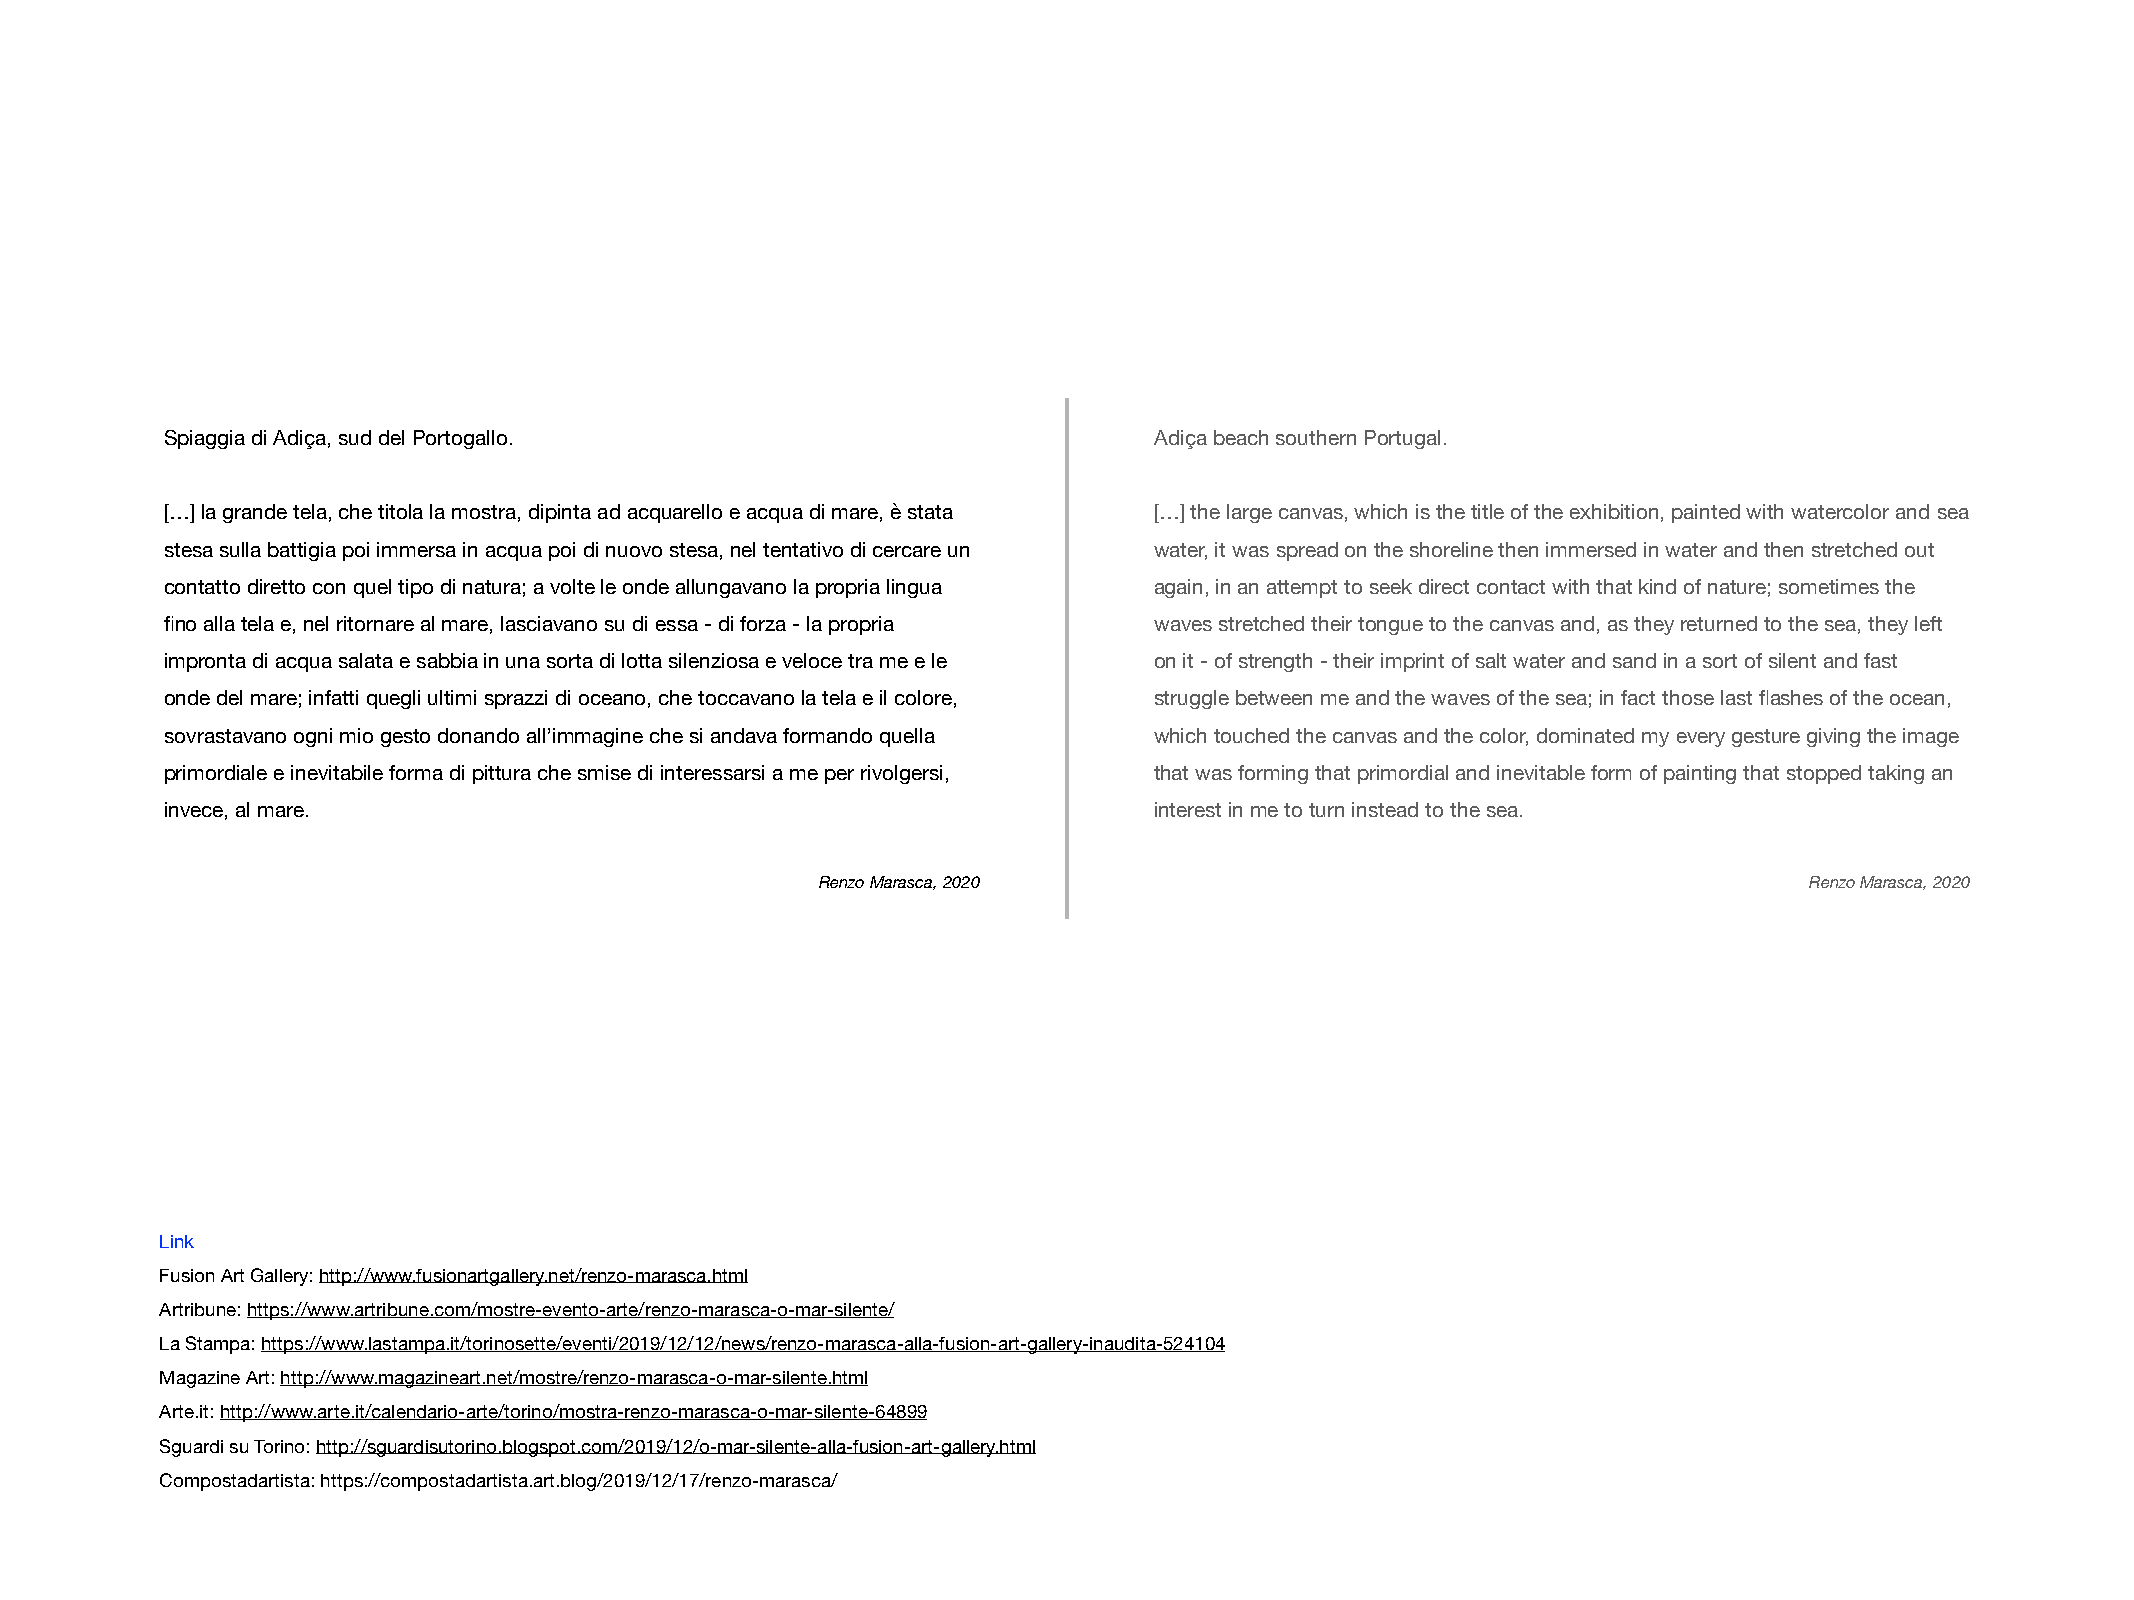
Spiaggia di Adiça, sud del Portogallo.                           Adiça beach southern Portugal.
 […] la grande tela, che titola la mostra, dipinta ad acquarello e acqua di mare, è stata […] the large canvas, which is the title of the exhibition, painted with watercolor and sea
 stesa sulla battigia poi immersa in acqua poi di nuovo stesa, nel tentativo di cercare un water, it was spread on the shoreline then immersed in water and then stretched out
 contatto diretto con quel tipo di natura; a volte le onde allungavano la propria lingua again, in an attempt to seek direct contact with that kind of nature; sometimes the
 fino alla tela e, nel ritornare al mare, lasciavano su di essa - di forza - la propria waves stretched their tongue to the canvas and, as they returned to the sea, they left
 impronta di acqua salata e sabbia in una sorta di lotta silenziosa e veloce tra me e le on it - of strength - their imprint of salt water and sand in a sort of silent and fast
 onde del mare; infatti quegli ultimi sprazzi di oceano, che toccavano la tela e il colore, struggle between me and the waves of the sea; in fact those last flashes of the ocean,
 sovrastavano ogni mio gesto donando all’immagine che si andava formando quella which touched the canvas and the color, dominated my every gesture giving the image
 primordiale e inevitabile forma di pittura che smise di interessarsi a me per rivolgersi, that was forming that primordial and inevitable form of painting that stopped taking an
 invece, al mare.                                                 interest in me to turn instead to the sea.
 Renzo Marasca, 2020                                               Renzo Marasca, 2020
 Link
 Fusion Art Gallery: http://www.fusionartgallery.net/renzo-marasca.html
 Artribune: https://www.artribune.com/mostre-evento-arte/renzo-marasca-o-mar-silente/
 La Stampa: https://www.lastampa.it/torinosette/eventi/2019/12/12/news/renzo-marasca-alla-fusion-art-gallery-inaudita-524104
 Magazine Art: http://www.magazineart.net/mostre/renzo-marasca-o-mar-silente.html
 Arte.it: http://www.arte.it/calendario-arte/torino/mostra-renzo-marasca-o-mar-silente-64899
 Sguardi su Torino: http://sguardisutorino.blogspot.com/2019/12/o-mar-silente-alla-fusion-art-gallery.html
 Compostadartista: https://compostadartista.art.blog/2019/12/17/renzo-marasca/